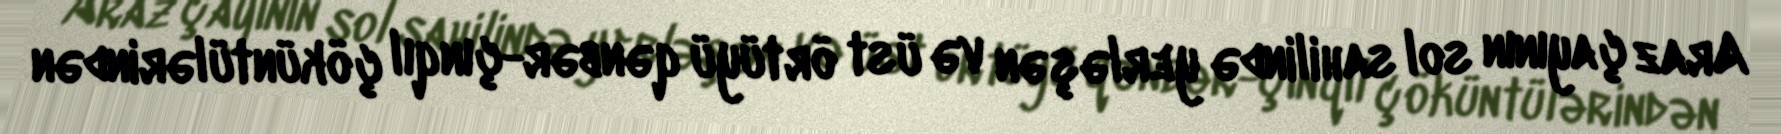
Araz çayının sol sahilində yerləşən və üst örtüyü qənbər-çınqıl çöküntülərindən